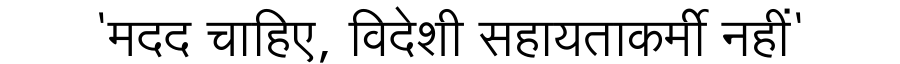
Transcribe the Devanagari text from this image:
'मदद चाहिए, विदेशी सहायताकर्मी नहीं'